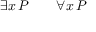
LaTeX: \exists { x } \, P \qquad \forall { x } \, P